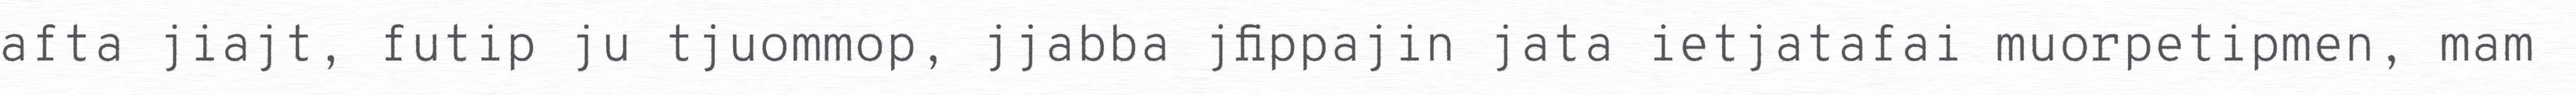
afta jiajt, futip ju tjuommop, jjabba jfippajin jata ietjatafai muorpetipmen, mam